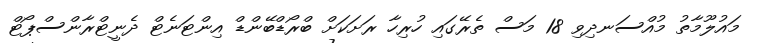
މައުލޫމާތު މުއްސަނދިވި 18 މަސް ތެރޭގައި ހުރިހާ ރަށަކަށް ބްރޯޑްބޭންޑް އިންޓަނެޓް ދެނީޓްރާންސްޕޯޓް